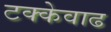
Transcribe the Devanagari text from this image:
टक्केवाढ